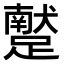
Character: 𨆕